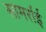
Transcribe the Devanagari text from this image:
सामर्राई